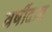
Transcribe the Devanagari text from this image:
वर्षीदान